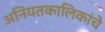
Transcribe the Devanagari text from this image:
अनियतकालिकांचे